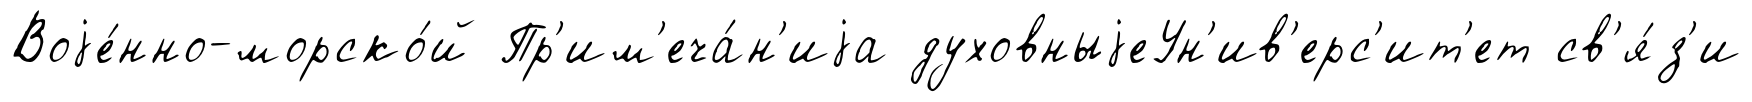
Воjе́нно-морско́й Пр'им'еча́н'иjа духовныjеУн'ив'ерс'ит'ет св'я́з'и